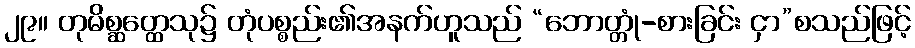
၂၉။ တုမိစ္ဆတ္ထေသု၌ တုံပစ္စည်း၏အနက်ဟူသည် “ဘောတ္တုံ-စားခြင်း ငှာ”စသည်ဖြင့်